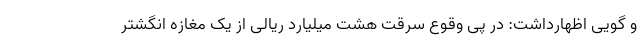
و گویی اظهارداشت: در پی وقوع سرقت هشت میلیارد ریالی از یک مغازه انگشتر